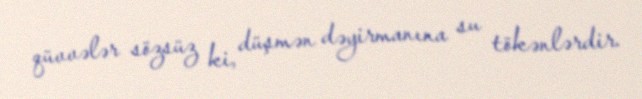
qüvvələr sözsüz ki, düşmən dəyirmanına su tökənlərdir.